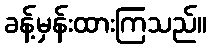
ခန့်မှန်းထားကြသည်။